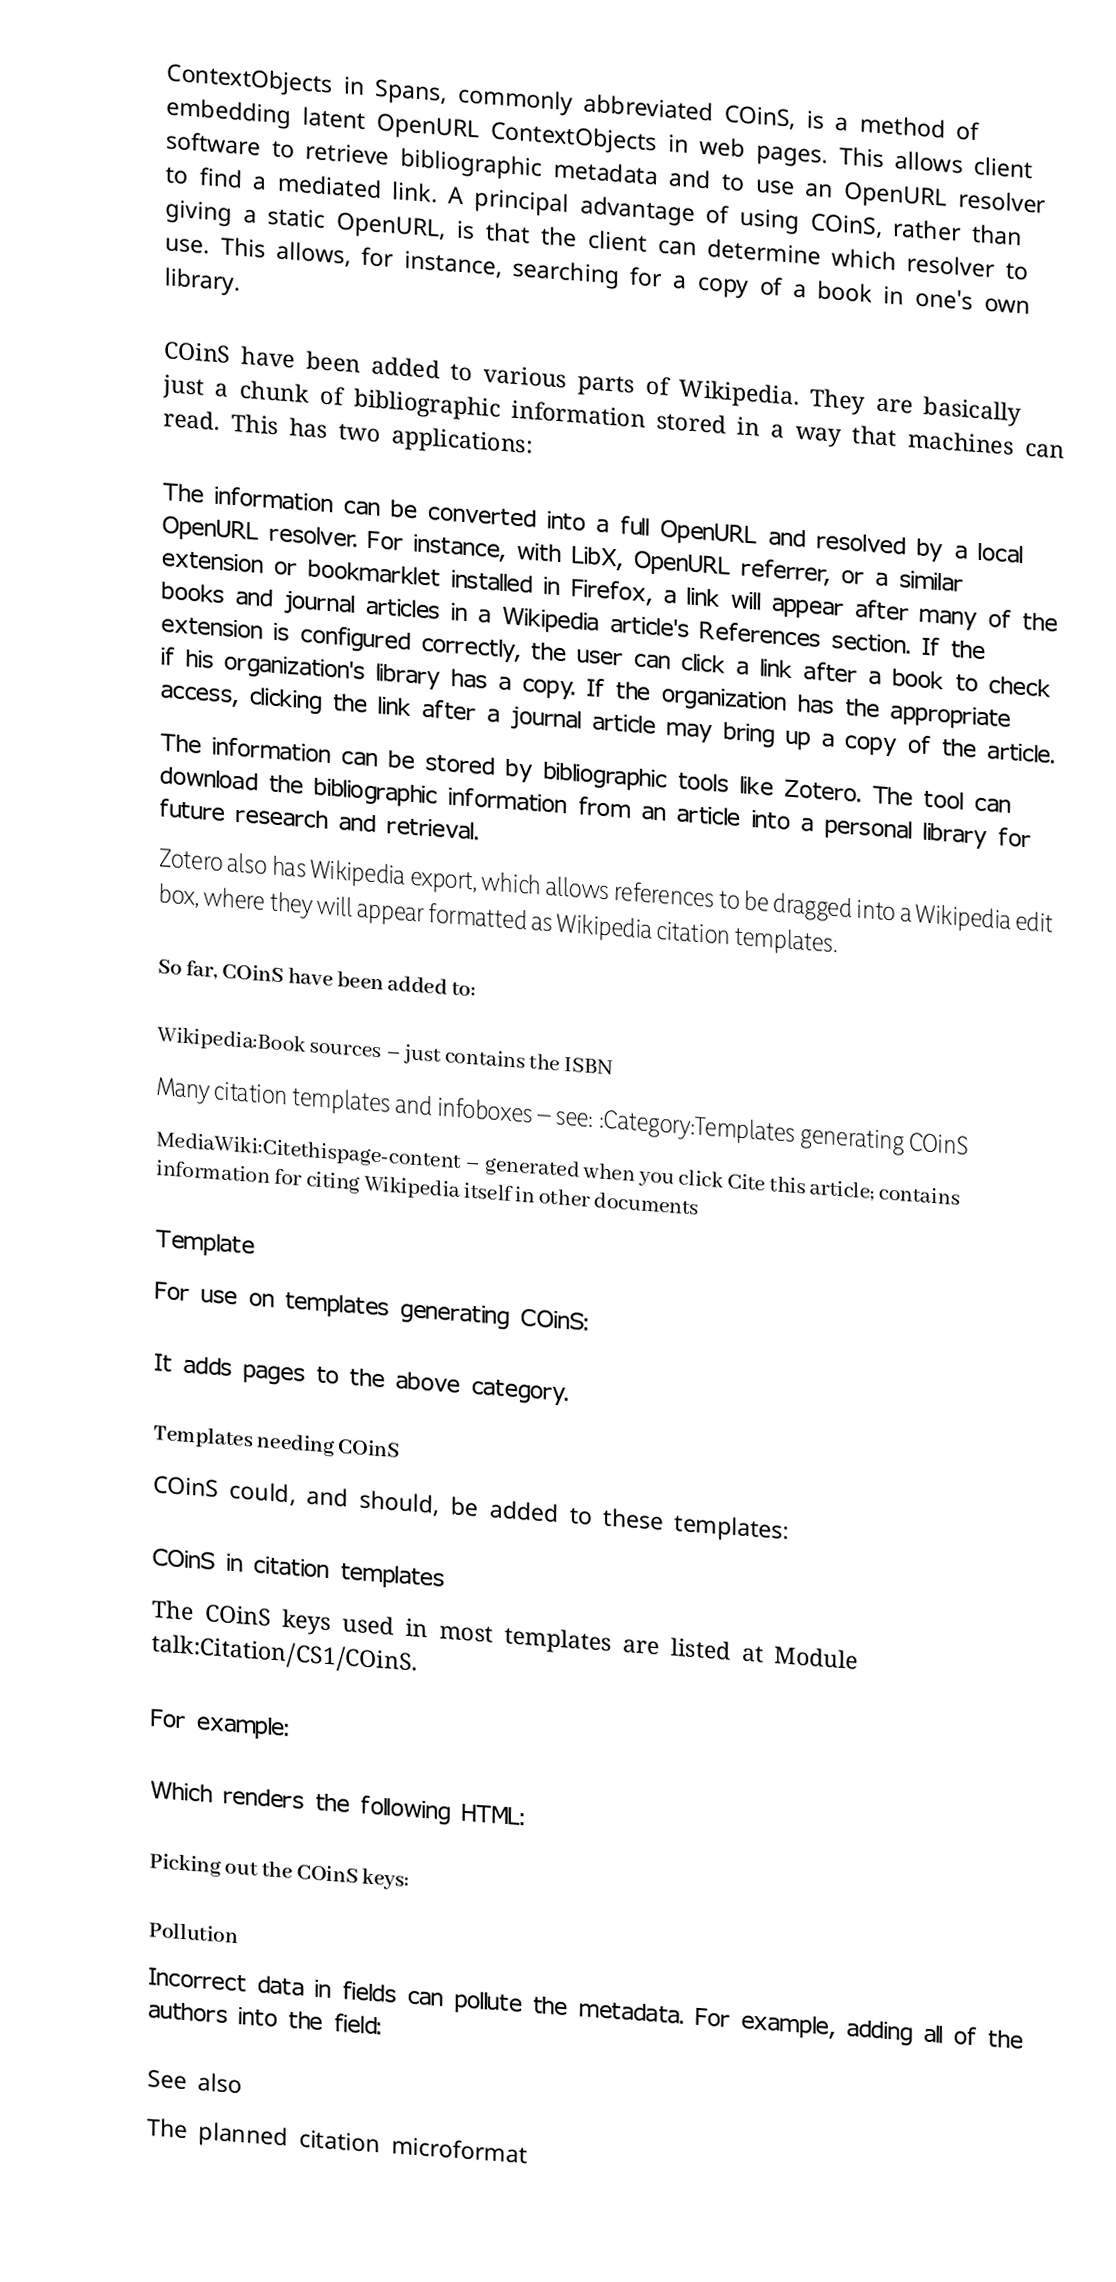
ContextObjects in Spans, commonly abbreviated COinS, is a method of embedding latent OpenURL ContextObjects in web pages.  This allows client software to retrieve bibliographic metadata and to use an OpenURL resolver to find a mediated link. A principal advantage of using COinS, rather than giving a static OpenURL, is that the client can determine which resolver to use. This allows, for instance, searching for a copy of a book in one's own library.

COinS have been added to various parts of Wikipedia. They are basically just a chunk of bibliographic information stored in a way that machines can read.  This has two applications:

 The information can be converted into a full OpenURL and resolved by a local OpenURL resolver.  For instance, with LibX, OpenURL referrer, or a similar extension or bookmarklet installed in Firefox, a link will appear after many of the books and journal articles in a Wikipedia article's References section.  If the extension is configured correctly, the user can click a link after a book to check if his organization's library has a copy.  If the organization has the appropriate access, clicking the link after a journal article may bring up a copy of the article.
 The information can be stored by bibliographic tools like Zotero. The tool can download the bibliographic information from an article into a personal library for future research and retrieval.
 Zotero also has Wikipedia export, which allows references to be dragged into a Wikipedia edit box, where they will appear formatted as Wikipedia citation templates.

So far, COinS have been added to:

 Wikipedia:Book sources – just contains the ISBN
 Many citation templates and infoboxes – see: :Category:Templates generating COinS
 MediaWiki:Citethispage-content – generated when you click Cite this article; contains information for citing Wikipedia itself in other documents

Template
For use on templates generating COinS:

It adds pages to the above category.

Templates needing COinS
COinS could, and should, be added to these templates:

COinS in citation templates
The COinS keys used in most  templates are listed at Module talk:Citation/CS1/COinS.

For example:

Which renders the following HTML:

Picking out the COinS keys:

Pollution
Incorrect data in fields can pollute the metadata. For example, adding all of the authors into the  field:

See also
 The planned citation microformat